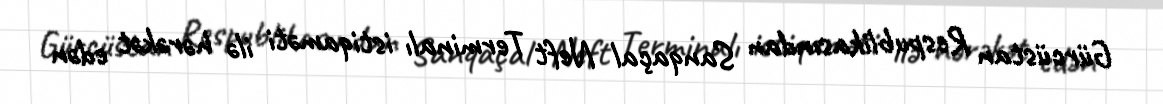
Gürcüstan Respublikasından Sanqaçal Neft Terminalı istiqaməti ilə hərəkət edən